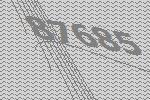
87685